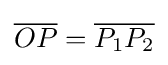
{\overline {OP}}={\overline {P_{1}P_{2}}}